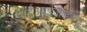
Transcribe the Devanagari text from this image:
आईआईजेडब्लू